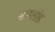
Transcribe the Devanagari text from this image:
नागलांड